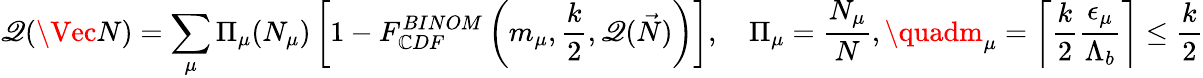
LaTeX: \mathscr{Q}(\Vec{N})=\sum_{\mu}{\Pi}_{\mu}(N_{\mu})\left[1-F_{\mathbb{C}DF}^{BINOM}\left(m_{\mu},\frac{{k}}{{2}},\mathscr{Q}(\vec{{N}})\right)\right],\quad{\Pi}_{\mu}=\frac{{N_{\mu}}}{{N}},\quadm_{\mu}=\left\lceil{\frac{{k}}{{2}}\frac{{{\epsilon}_{\mu}}}{{{\Lambda}_{b}}}}\right\rceil\leq\frac{{k}}{{2}}